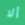
ألا